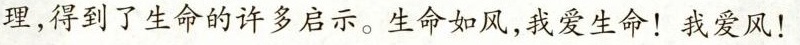
理，得到了生命的许多启示。生命如风，我爱生命！我爱风！